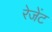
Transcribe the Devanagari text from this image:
रेजेंट